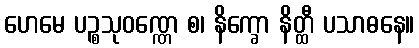
ဟေမေ ပဉ္စသုဝဏ္ဏေ စ၊ နိက္ခော နိတ္ထီ ပသာဓနေ။